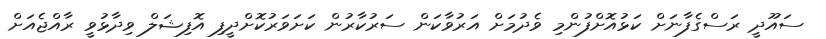
ސައޫދީ ރަސްގެފާނަށް ކަޅުއޮށްފުންމި ވެދުމަށް އަރުވާކަން ސަރުކާރުން ކަށަވަރުކޮށްދީފި އޮފިޝަލް ވިދާޅުވީ ރާއްޖެއަށް